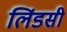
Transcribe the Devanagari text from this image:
लिंडसी